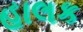
હાલક